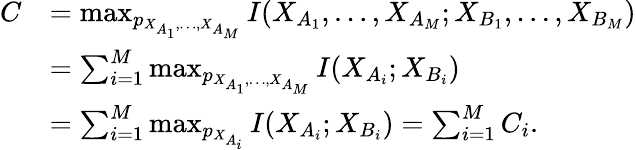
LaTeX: \begin{array}{rl}{C}&{=\operatorname*{max}_{p_{X_{A_{1}},\ldots,X_{A_{M}}}}I(X_{A_{1}},\ldots,X_{A_{M}};X_{B_{1}},\ldots,X_{B_{M}})}\\ &{=\sum_{i=1}^{M}\operatorname*{max}_{p_{X_{A_{1}},\ldots,X_{A_{M}}}}I(X_{A_{i}};X_{B_{i}})}\\ &{=\sum_{i=1}^{M}\operatorname*{max}_{p_{X_{A_{i}}}}I(X_{A_{i}};X_{B_{i}})=\sum_{i=1}^{M}C_{i}.}\end{array}